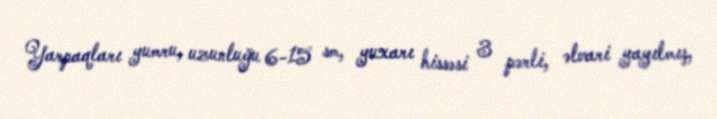
Yarpaqları yumru, uzunluğu 6-15 sm, yuxarı hissəsi 3 pərli, əlvari yayılmış,